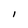
Character: I